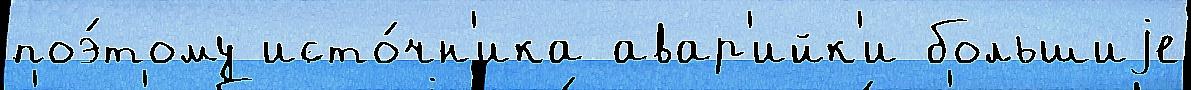
поэ́тому исто́чн'ика авар'ийк'и большиjе